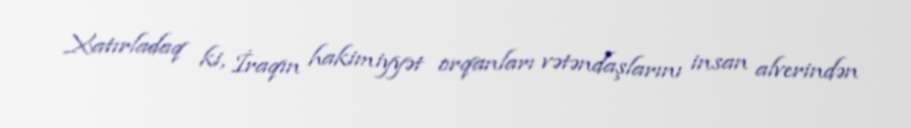
Xatırladaq ki, İraqın hakimiyyət orqanları vətəndaşlarını insan alverindən